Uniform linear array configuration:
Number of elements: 32
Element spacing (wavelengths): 0.75
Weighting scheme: cosine
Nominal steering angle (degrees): -60
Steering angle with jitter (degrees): -60.808
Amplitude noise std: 0.05
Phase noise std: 0.05

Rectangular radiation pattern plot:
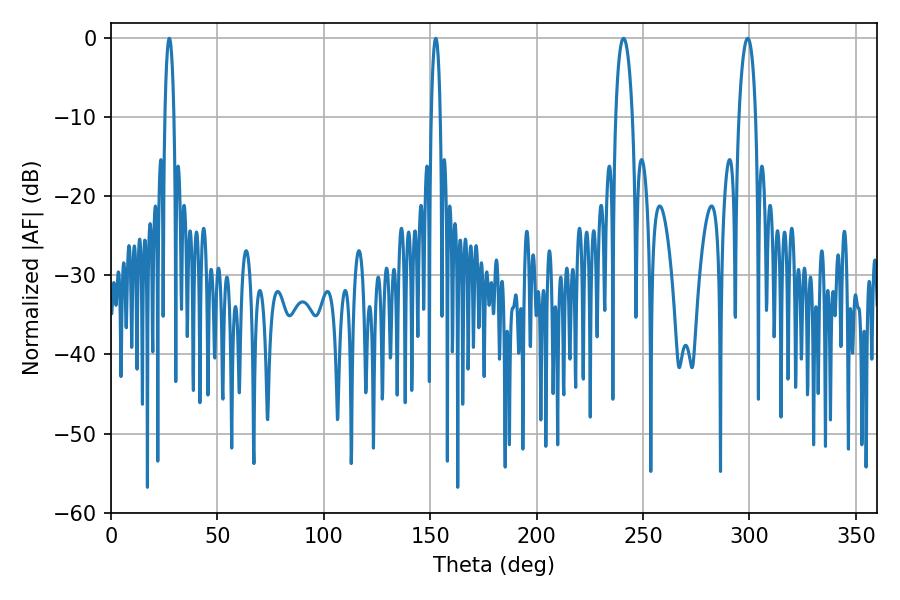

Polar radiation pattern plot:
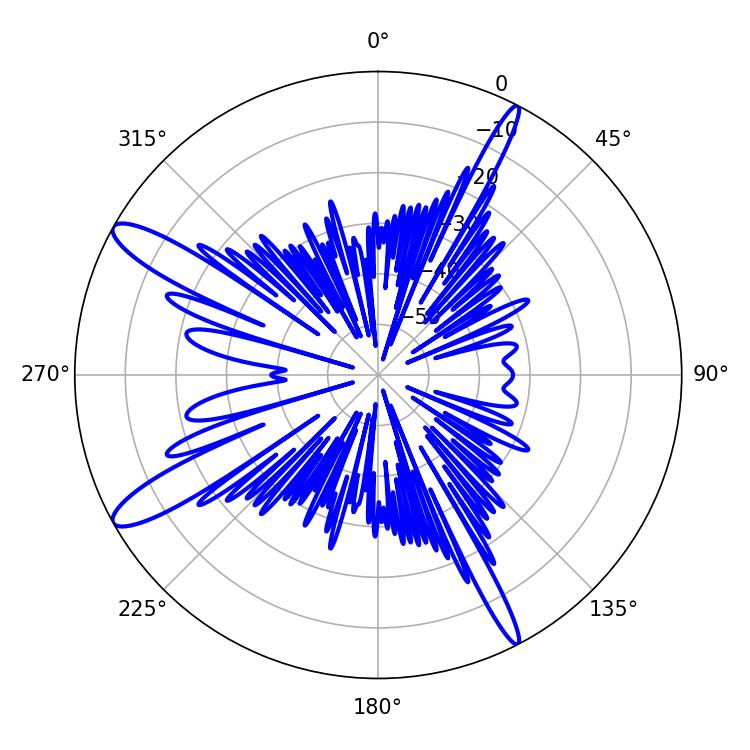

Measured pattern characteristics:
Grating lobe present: TRUE
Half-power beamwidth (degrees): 4.5
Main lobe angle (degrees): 240.84